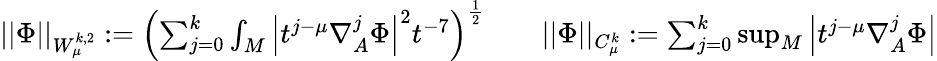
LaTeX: \begin{array}{rlr}{||\Phi||_{W_{\mu}^{k,2}}:=\left(\sum_{j=0}^{k}\int_{M}\left|t^{j-\mu}\nabla_{A}^{j}\Phi\right|^{2}t^{-7}\right)^{\frac{1}{2}}}&{}&{||\Phi||_{C_{\mu}^{k}}:=\sum_{j=0}^{k}\operatorname*{sup}_{M}\left|t^{j-\mu}\nabla_{A}^{j}\Phi\right|}\end{array}